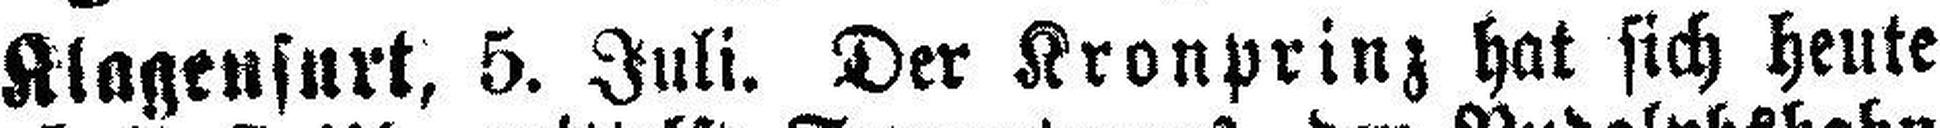
Klagenfurt, 5. Juli. Der Kronprinz hat sich heute